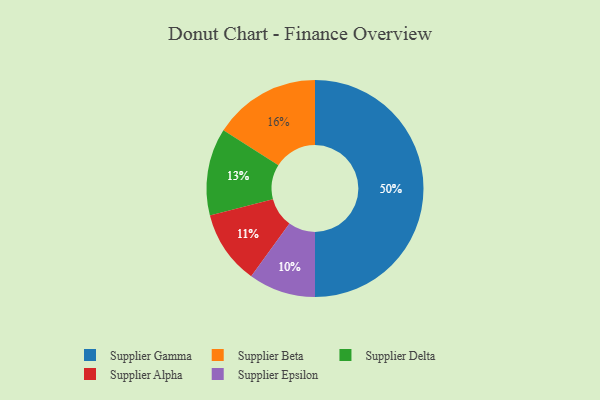
{"axis": {"x": "Category", "y": "Percentage"}, "legend": ["Supplier Alpha", "Supplier Beta", "Supplier Delta", "Supplier Epsilon", "Supplier Gamma"], "data": [{"x": "Supplier Delta", "y": 13, "type": "Supplier Delta"}, {"x": "Supplier Epsilon", "y": 10, "type": "Supplier Epsilon"}, {"x": "Supplier Gamma", "y": 50, "type": "Supplier Gamma"}, {"x": "Supplier Beta", "y": 16, "type": "Supplier Beta"}, {"x": "Supplier Alpha", "y": 11, "type": "Supplier Alpha"}]}